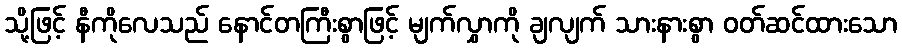
သို့ဖြင့် နီကိုလေသည် နောင်တကြီးစွာဖြင့် မျက်လွှာကို ချလျက် သားနားစွာ ဝတ်ဆင်ထားသော